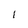
Character: 1